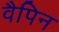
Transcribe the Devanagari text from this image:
वैपिन